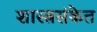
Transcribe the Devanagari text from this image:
शास्त्रसंकेत